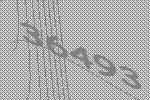
36493